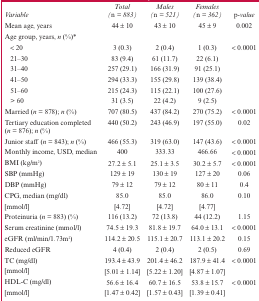
<table><thead><tr><td><b><i>Variable</i></b></td><td><b><i>Total (n = 883)</i></b></td><td><b><i>Males (n = 521)</i></b></td><td><b><i>Females (n = 362)</i></b></td><td><b><i>p-value</i></b></td></tr></thead><tbody><tr><td>Mean age, years</td><td>44 ± 10</td><td>43 ± 10</td><td>45 ± 9</td><td>0.002</td></tr><tr><td>Age group, years, n (%)<sup>*</sup></td></tr><tr><td>&lt; 20</td><td>3 (0.3)</td><td>2 (0.4)</td><td>1 (0.3)</td><td>&lt; 0.0001</td></tr><tr><td>21–30</td><td>83 (9.4)</td><td>61 (11.7)</td><td>22 (6.1)</td></tr><tr><td>31–40</td><td>257 (29.1)</td><td>166 (31.9)</td><td>91 (25.1)</td></tr><tr><td>41–50</td><td>294 (33.3)</td><td>155 (29.8)</td><td>139 (38.4)</td></tr><tr><td>51–60</td><td>215 (24.3)</td><td>115 (22.1)</td><td>100 (27.6)</td><td></td></tr><tr><td>&gt; 60</td><td>31 (3.5)</td><td>22 (4.2)</td><td>9 (2.5)</td></tr><tr><td>Married (n = 878); n (%)</td><td>707 (80.5)</td><td>437 (84.2)</td><td>270 (75.2)</td><td>&lt; 0.0001</td></tr><tr><td>Tertiary education completed (n = 876); n (%)</td><td>440 (50.2)</td><td>243 (46.9)</td><td>197 (55.0)</td><td>0.02</td></tr><tr><td>Junior staff (n = 843); n (%)</td><td>466 (55.3)</td><td>319 (63.0)</td><td>147 (43.6)</td><td>&lt; 0.0001</td></tr><tr><td>Monthly income, USD, median</td><td>400</td><td>333.33</td><td>466.66</td><td>&lt; 0.0001</td></tr><tr><td>BMI (kg/m2)</td><td>27.2 ± 5.1</td><td>25.1 ± 3.5</td><td>30.2 ± 5.7</td><td>&lt; 0.0001</td></tr><tr><td>SBP (mmHg)</td><td>129 ± 19</td><td>130 ± 19</td><td>127 ± 20</td><td>0.06</td></tr><tr><td>DBP (mmHg)</td><td>79 ± 12</td><td>79 ± 12</td><td>80 ± 11</td><td>0.4</td></tr><tr><td>CPG, median (mg/dl)</td><td>85.0</td><td>85.0</td><td>86.0</td><td>0.10</td></tr><tr><td>[mmol/l]</td><td>[4.72]</td><td>[4.72]</td><td>[4.77]</td><td></td></tr><tr><td>Proteinuria (n = 883) (%)</td><td>116 (13.2)</td><td>72 (13.8)</td><td>44 (12.2)</td><td>1.15</td></tr><tr><td>Serum creatinine (mmol/l)</td><td>74.5 ± 19.3</td><td>81.8 ± 19.7</td><td>64.0 ± 13.1</td><td>&lt; 0.0001</td></tr><tr><td>eGFR (ml/min/1.73m2)</td><td>114.2 ± 20.5</td><td>115.1 ± 20.7</td><td>113.1 ± 20.2</td><td>0.15</td></tr><tr><td>Reduced eGFR</td><td>4 (0.4)</td><td>2 (0.4)</td><td>2 (0.5)</td><td>0.69</td></tr><tr><td>TC (mg/dl)</td><td>193.4 ± 43.9</td><td>201.4 ± 46.2</td><td>187.9 ± 41.4</td><td>&lt; 0.0001</td></tr><tr><td>[mmol/l]</td><td>[5.01 ± 1.14]</td><td>[5.22 ± 1.20]</td><td>[4.87 ± 1.07]</td></tr><tr><td>HDL-C (mg/dl)</td><td>56.6 ± 16.4</td><td>60.7 ± 16.5</td><td>53.8 ± 15.7</td><td>&lt;0.0001</td></tr><tr><td>[mmol/l]</td><td>[1.47 ± 0.42]</td><td>[1.57 ± 0.43]</td><td>[1.39 ± 0.41]</td></tr></tbody></table>